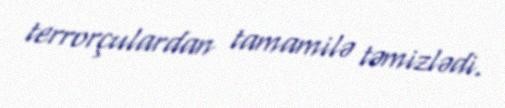
terrorçulardan tamamilə təmizlədi.